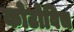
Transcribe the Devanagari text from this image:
कोटोविच